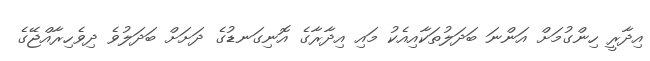
އިދާރީ ހިންގުމަށް އަންނަ ބަދަލުތަކާއިއެކު މައި އިދާރާގެ އޮނިގަނޑުގެ ދަށަށް ބަދަލުވެ ދިވެހިރާއްޖޭގެ